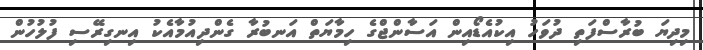
މިދިޔަ ބުރާސްފަތި ދުވަހު އިކުއެޑޯއިން އަސާންޖްގެ ހިމާޔަތް އަނބުރާ ގެންދިއުމާއެކު އިނގިރޭސި ފުލުހުން